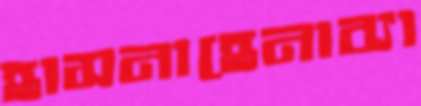
হাসনাহেনাব্যা